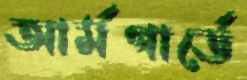
আর্মগার্ডে